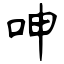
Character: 呻